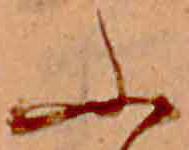
ふ